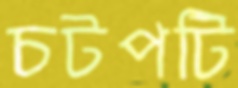
চটপটি